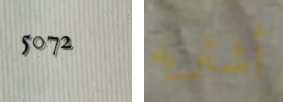
5072 أشتريه